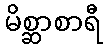
မိစ္ဆာစာရီ